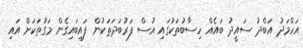
އަހްމަދު އަބްދު ސައީދު ބައެއް ހިސާބުތަކުގައި އުސް ފަރުބަދަތަކުން ފައިބައިގެން މަގުތަކަށް އައި